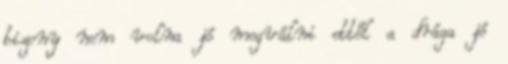
bizony nem volna jó megválni ettől a drága jó